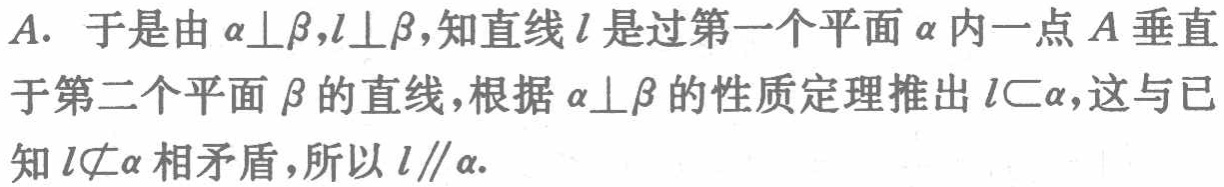
A. 于是由$\alpha\perp\beta,l\perp\beta$,知直线$l$是过第一个平面$\alpha$内一点$A$垂直于第二个平面$\beta$的直线,根据$\alpha\perp\beta$的性质定理推出$l\subset\alpha$,这与已知$l\not\subset\alpha$相矛盾,所以$l\parallel\alpha$.